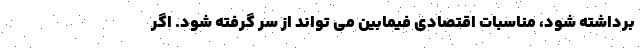
برداشته شود، مناسبات اقتصادی فیمابین می تواند از سر گرفته شود. اگر